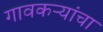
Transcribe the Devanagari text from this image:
गावकऱ्यांचा